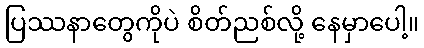
ပြဿနာတွေကိုပဲ စိတ်ညစ်လို့ နေမှာပေါ့။